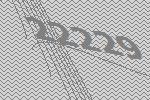
22229